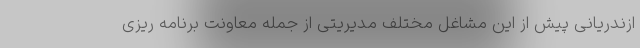
ازندریانی پیش از این مشاغل مختلف مدیریتی از جمله معاونت برنامه ریزی